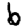
Digit: 6